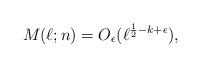
LaTeX: \begin{align*}M(\ell;n) = O_{\epsilon}(\ell^{\frac{1}{2}-k+\epsilon}), \end{align*}